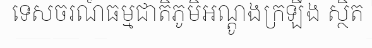
ទេសចរណ៍ធម្មជាតិភូមិអណ្តូងក្រឡឹង ស្ថិត